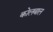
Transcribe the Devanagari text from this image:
कोलबाल